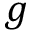
g